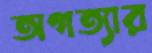
অগত্যার